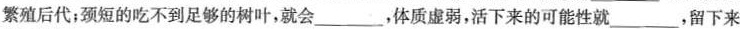
繁殖后代；颈短的吃不到足够的树叶，就会___，体质虚弱，活下来的可能性就___，留下来